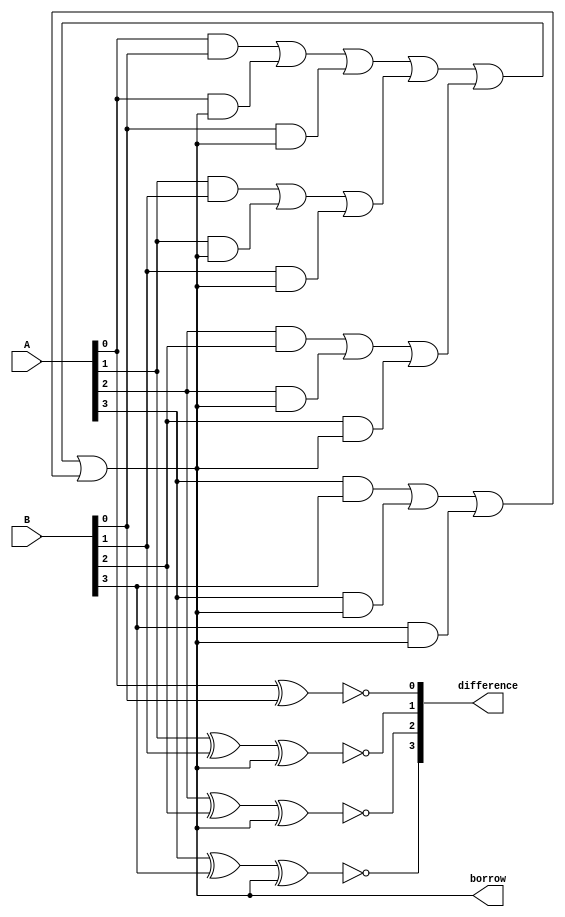
module gate_level_subtractor (
    input wire [3:0] A,
    input wire [3:0] B,
    output wire [3:0] difference,
    output reg borrow
);

// Combinational logic blocks for subtraction
assign difference[0] = ~(A[0] ^ B[0]);
assign difference[1] = ~(A[1] ^ B[1] ^ borrow);
assign difference[2] = ~(A[2] ^ B[2] ^ borrow);
assign difference[3] = ~(A[3] ^ B[3] ^ borrow);

// Borrow logic
always @(*) begin
    borrow = ((A[0] & B[0]) | (A[0] & borrow) | (B[0] & borrow)) |
             ((A[1] & B[1]) | (A[1] & borrow) | (B[1] & borrow)) |
             ((A[2] & B[2]) | (A[2] & borrow) | (B[2] & borrow)) |
             ((A[3] & B[3]) | (A[3] & borrow) | (B[3] & borrow));
end

endmodule